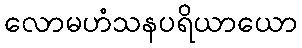
လောမဟံသနပရိယာယော